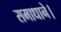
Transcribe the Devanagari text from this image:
समाधाने।